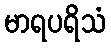
မာရပရိသံ